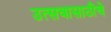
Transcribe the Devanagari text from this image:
उत्सवासाठीचे